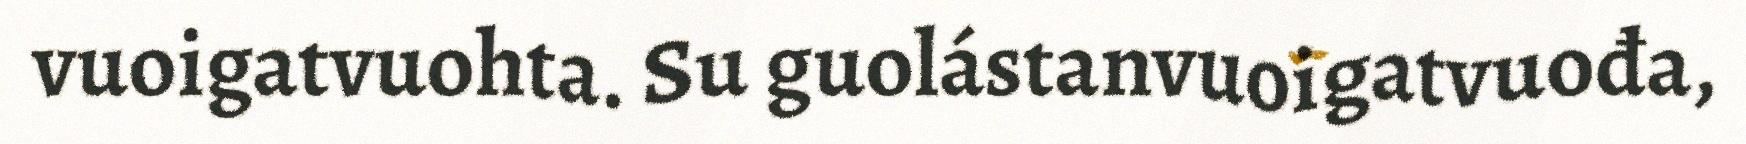
vuoigatvuohta. Su guolástanvuoigatvuođa,